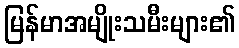
မြန်မာအမျိုးသမီးများ၏